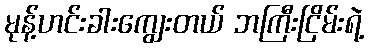
မုန့်ဟင်းခါးကျွေးတယ် ဘကြီးငြိမ်းရဲ့